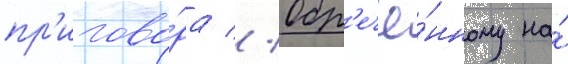
пр'игово́ра // Обр'ечё́нному на́